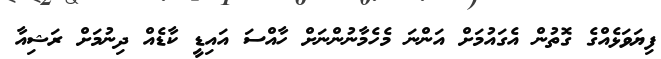
ފިޔަވަޅެއްގެ ގޮތުން އެގައުމަށް އަންނަ މެހެމާނުންނަށް ހާއްސަ އައިޑީ ކާޑެއް ދިނުމަށް ރަޝިއާ